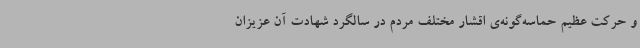
و حرکت عظیم حماسه‌گونه‌ی اقشار مختلف مردم در سالگرد شهادت آن عزیزان